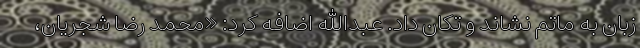
زبان به ماتم نشاند و تکان داد. عبدالله اضافه کرد: «محمد رضا شجریان،